Report of the Indian Hemp Drugs Commission, 1894-1895 - Volume VII
Year: 1894
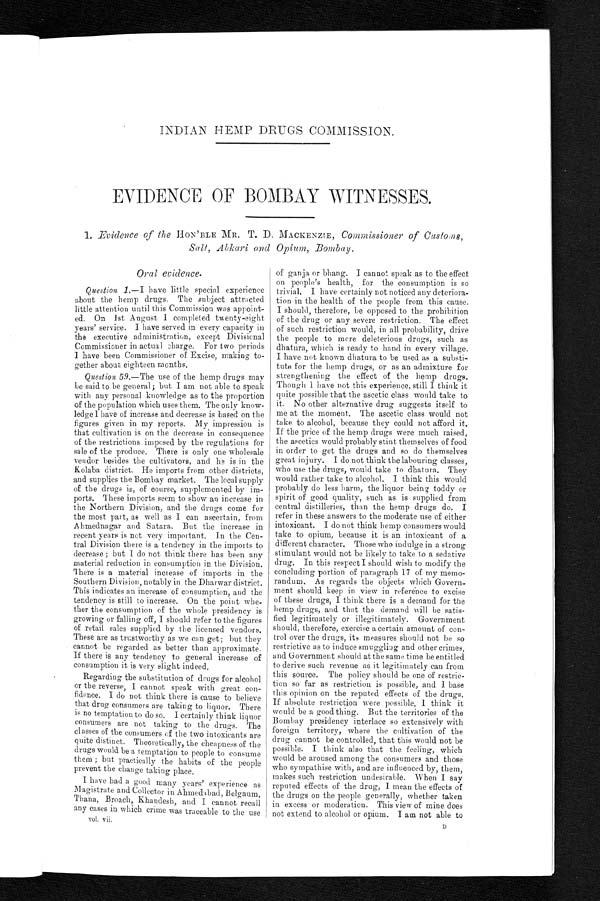
INDIAN HEMP DRUGS COMMISSION.
EVIDENCE OF BOMBAY WITNESSES.
1. Evidence of the HON'BLE MR. T. D. MACKENZIE, Commissioner of Customs,
Salt, Abkari and Opium, Bombay.
Oral evidence.
Question 1.—I have little special experience
about the hemp drugs The subject attracted
little attention until this Commission was appoint-
ed. On 1st August I completed twenty-eight
years' service. I have served in every capacity in
the executive administration, except Divisional
Commissioner in actual charge. For two periods
I have been Commissioner of Excise, making to-
gether about eighteen months,
Question 59. —The use of the hemp drugs may
be said to be general; but I am not able to speak
with any personal knowledge as to the proportion
of the population which uses them. The only know-
ledge I have of increase and decrease is based on the
figures given in my reports. My impression is
that cultivation is on the decrease in consequence
of the restrictions imposed by the regulations for
sale of the produce. There is only one wholesale
vendor besides the cultivators, and he is in the
Kolaba district. He imports from other districts,
and supplies the Bombay market. The local supply
of the drugs is, of course, supplemented by im-
ports. These imports seem to show an increase in
the Northern Division, and the drugs come for
the most part, as well as I can ascertain, from
Ahmednagar and Satara. But the increase in
recent years is not very important. In the Cen-
tral Division there is a tendency in the imports to
decrease; but I do not think there has been any
material reduction in consumption in the Division.
There is a material increase of imports in the
Southern Division, notably in the Dharwar district.
This indicates an increase of consumption, and the
tendency is still to increase. On the point whe-
ther the consumption of the whole presidency is
growing or falling off, I should refer to the figures
of retail sales supplied by the licensed vendors.
These are as trustworthy as we can get; but they
cannot be regarded as better than approximate.
If there is any tendency to general increase of
consumption it is very slight indeed.
Regarding the substitution of drugs for alcohol
or the reverse, I cannot speak with great con-
fidence. I do not think there is cause to believe
that drug consumers are taking to liquor. There
is no temptation to do so. 1 certainly think liquor
consumers are not taking to the drugs. The
classes of the consumers of the two intoxicants are
quite distinct. Theoretically, the cheapness of the
drugs would be a temptation to people to consume
them; but practically the habits of the people
prevent the change taking place.
I have had a good many years' experience as
Magistrate and Collector in Ahmedabad, Belgaum,
Thana, Broach, Khandesh, and I cannot recall
any cases in which crime was traceable to the use
of ganja or bhang. I cannot speak as to the effect
on people's health, for the consumption is so
trivial. I have certainly not noticed any deteriora-
tion in the health of the people from this cause.
I should, therefore, he opposed to the prohibition
of the drug or any severe restriction. The effect
of such restriction would, in all probability, drive
the people to more deleterious drugs, such as
dhatura, which is ready to hand in every village.
I have not known dhatura to be used as a substi-
tute for the hemp drugs, or as an admixture for
strengthening the effect of the hemp drugs.
Though I have not this experience, still I think it
quite possible that the ascetic class would take to
it. No other alternative drug suggests itself to
me at the moment. The ascetic class would not
take to alcohol, because they could not afford it.
If the price of the hemp drugs were much raised,
the ascetics would probably stint themselves of food
in order to get the drugs and so do themselves
great injury. I do not think the labouring classes,
who use the drugs, would take to dhatura. They
would rather take to alcohol. I think this would
probably do less harm, the liquor being toddy or
spirit of good quality, such as is supplied from
central distilleries, than the hemp drugs do. I
refer in these answers to the moderate use of either
intoxicant. I do not think hemp consumers would
take to opium, because it is an intoxicant of a
different character. Those who indulge in a strong
stimulant would not be likely to take to a sedative
drug. In this respect I should wish to modify the
concluding portion of paragraph 17 of my memo-
randum. As regards the objects which Govern-
ment should keep in view in reference to excise
of these drugs, I think there is a demand for the
hemp drugs, and that the demand will be satis-
fied legitimately or illegitimately. Government
should, therefore, exercise a certain amount of con-
trol over the drugs, its measures should not be so
restrictive as to induce smuggling and other crimes,
and Government should at the same time be entitled
to derive such revenue as it legitimately can from
this source. The policy should be one of restric-
tion so far as restriction is possible, and I base
this opinion on the reputed effects of the drugs.
If absolute restriction were possible, I think it
would be a good thing. But the territories of the
Bombay presidency interlace so extensively with
foreign territory, where the cultivation of the
drug cannot be controlled, that this would not be
possible. I think also that the feeling, which
would be aroused among the consumers and those
who sympathise with, and are influenced by, them,
makes such restriction undesirable. When I say
reputed effects of the drug, I mean the effects of
the drugs on the people generally, whether taken
in excess or moderation. This view of mine does
not extend to alcohol or opium. I am not able to
vol. vii.